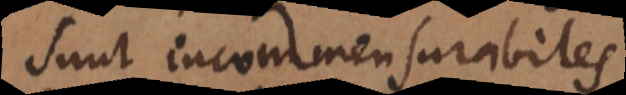
sunt incommensurabiles.